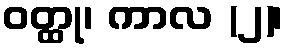
ဝတ္ထု၊ ကာလ (၂)၊